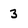
Character: 3